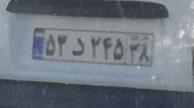
۵۳د۲۴۵۳۸